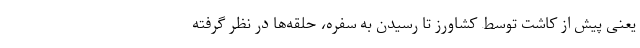
یعنی پیش از کاشت توسط کشاورز تا رسیدن به سفره، حلقه‌ها در نظر گرفته